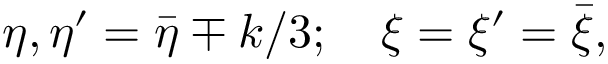
\eta , \eta ^ { \prime } = { \bar { \eta } } \mp k / 3 ; \quad \xi = \xi ^ { \prime } = { \bar { \xi } } ,